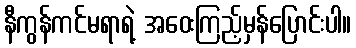
နီကွန်ကင်မရာရဲ့ အဝေးကြည့်မှန်ပြောင်းပါ။